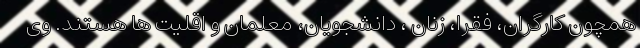
همچون کارگران، فقرا، زنان ، دانشجویان، معلمان و اقلیت ها هستند. وی